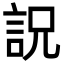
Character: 詋